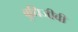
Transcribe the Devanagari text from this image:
बुधिजीवी